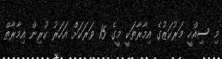
މި ސިއްހީ މަރުކަޒުގެ އިމާރާތަކީ މީގެ 15 ވަރަކަށް އަހަރު ކުރިން އިމާރާތް